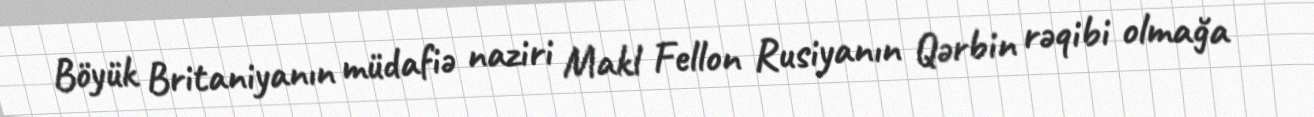
Böyük Britaniyanın müdafiə naziri Makl Fellon Rusiyanın Qərbin rəqibi olmağa